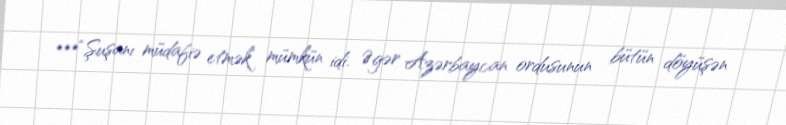
***“Şuşanı müdafiə etmək mümkün idi. Əgər Azərbaycan ordusunun bütün döyüşən